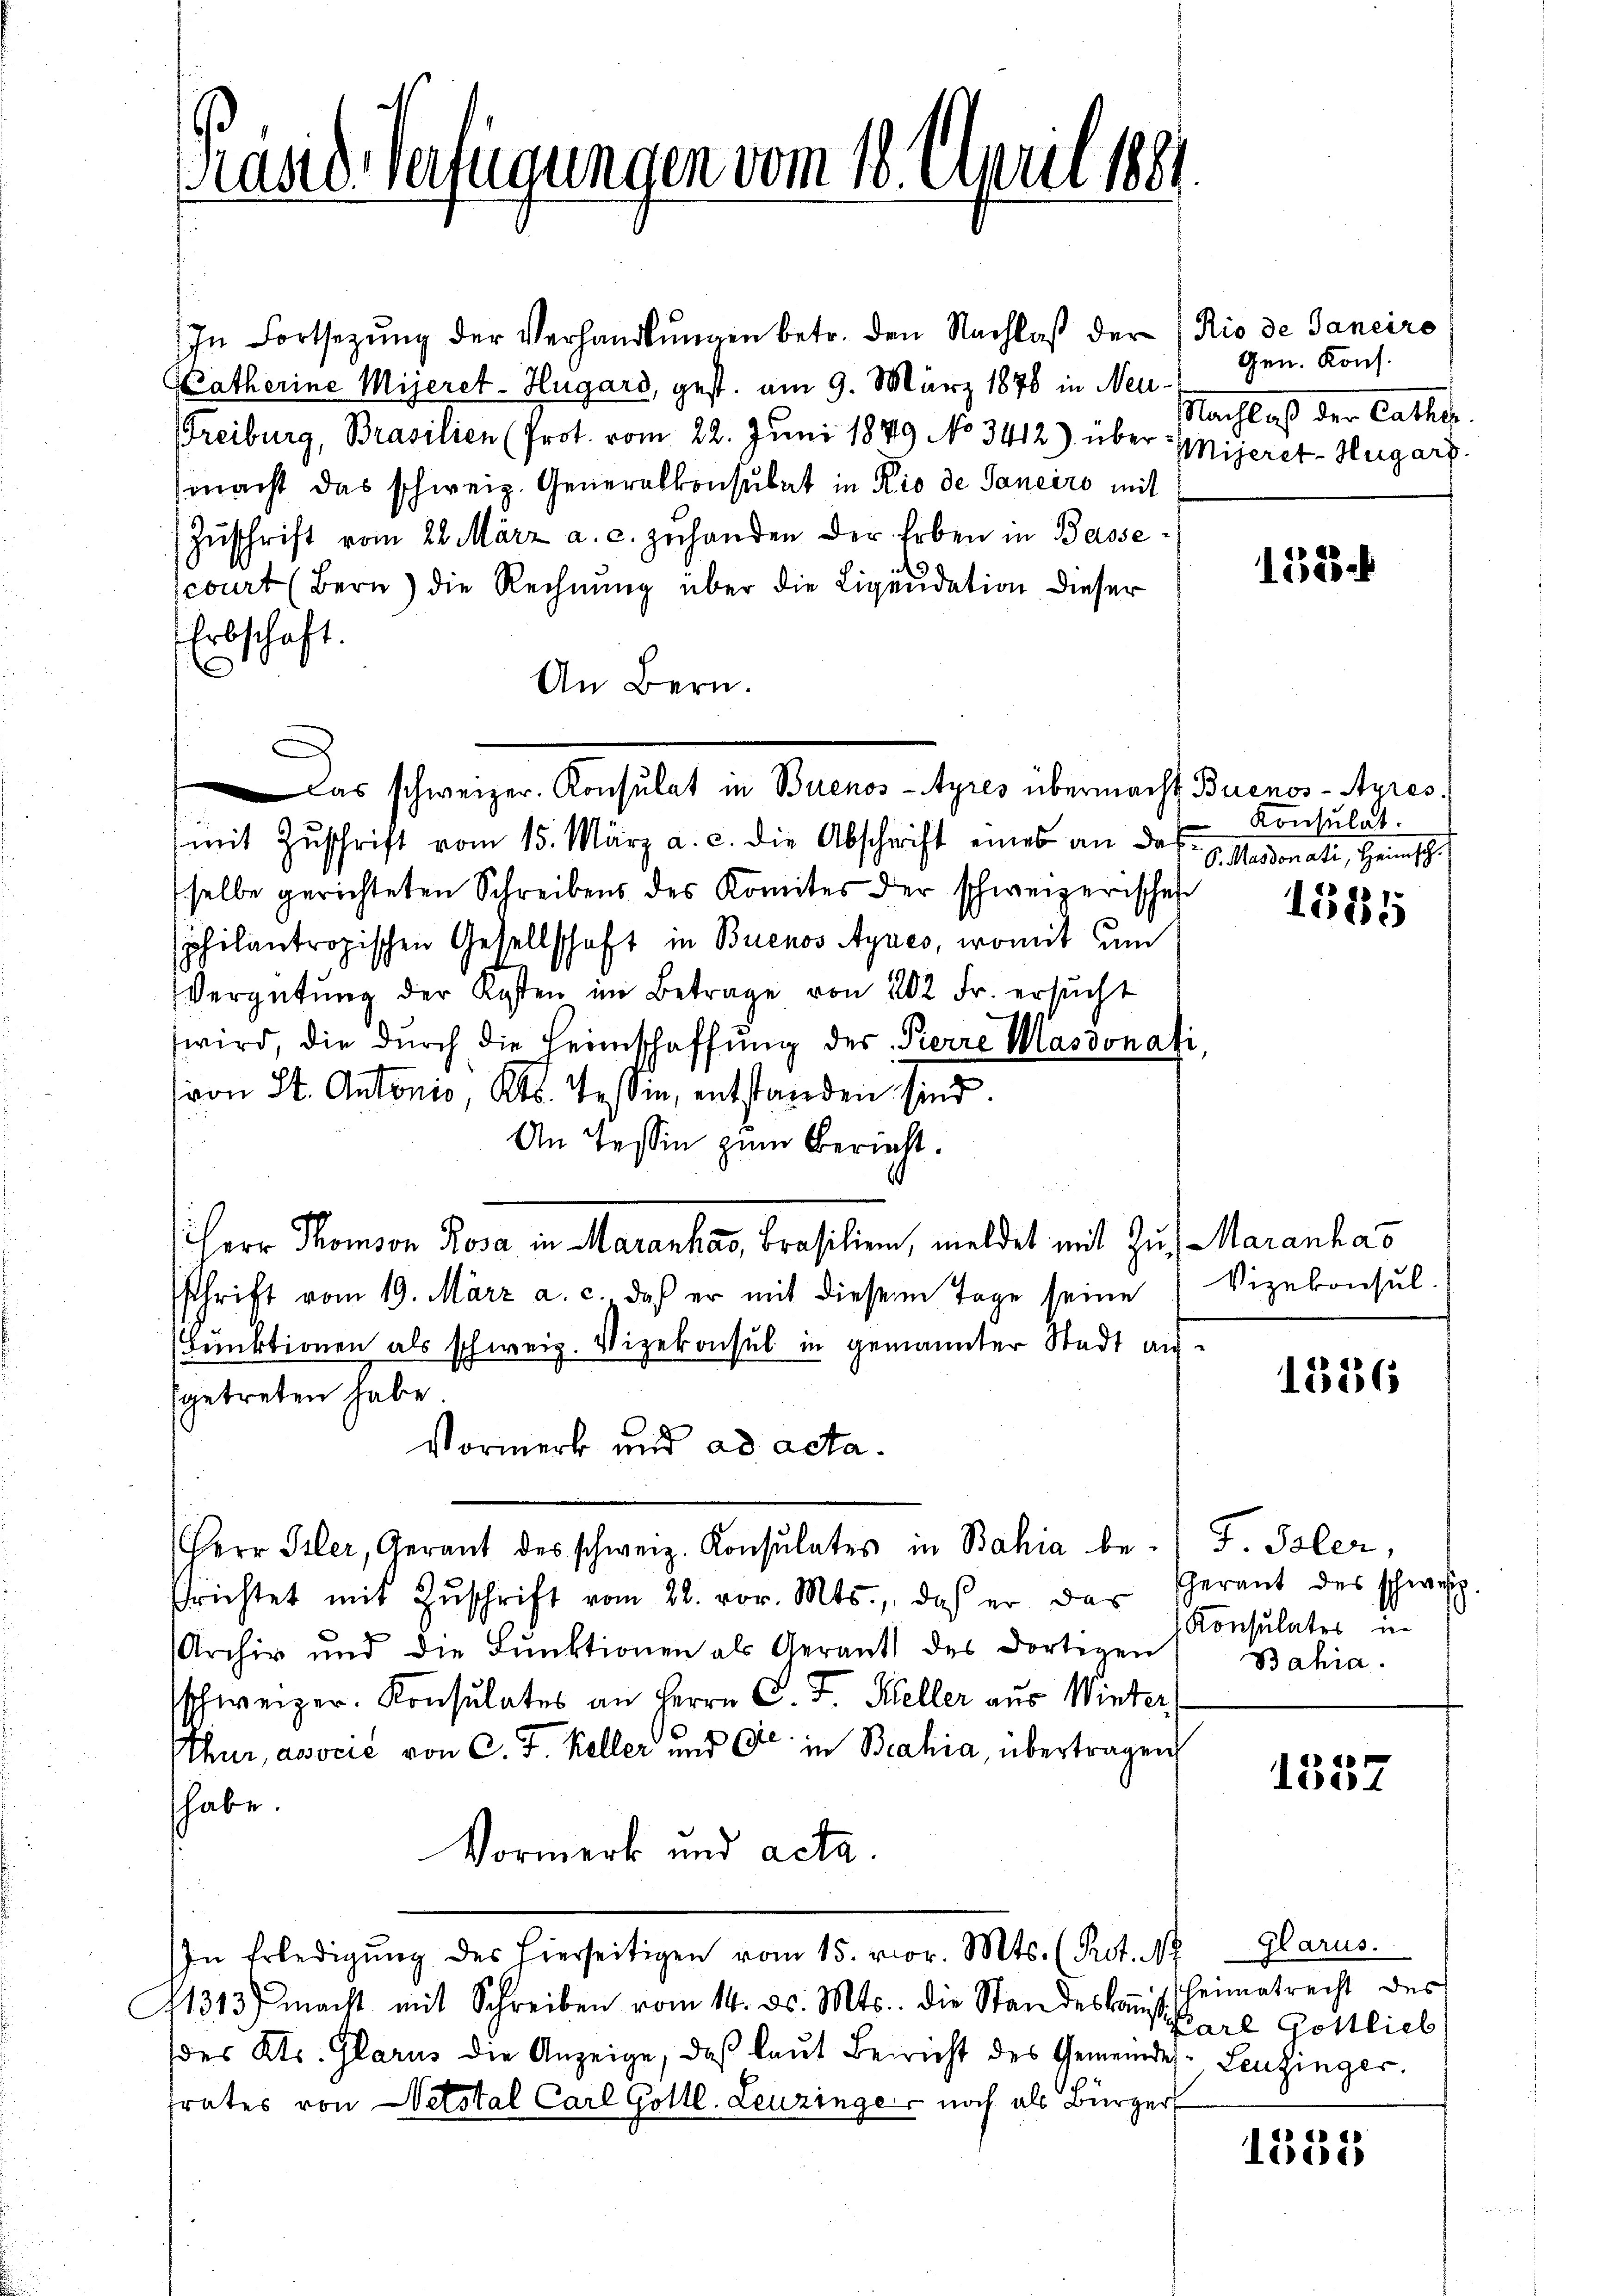
Präsid. Verfügungen vom 18. April 188

In Fortsetzŭng der Verhandlŭngen betr. den Nachlaß der Rio de Janeiro
Katherine Mijeret-Hugard, gest. am 9. März 1878 in Neu¬
Freiburg, Brasilien (Prot. vom 22. Juni 1849 No 3412) über Mijeret-Hugart
macht das schweiz. Generalkonsulat in Rio de Janeiro mit
Zŭschrift vom 22. März a. c. zuhanden der Erben in Bassecourt (Bern) die Rechnung über die Liquidation dieser
Erbschaft.
An Bern.
mit Zuschrift vom 15. März a. c. die Abschrift eines an das
selbe gerichteten Schreibens des Komites der schweizerischei
sphilantropischen Gesellschaft in Buenos Ayres, womit um
Vergütŭng der Kosten im Betrage von 202 Fr. ersucht
wird, die durch die Heimschaffŭng des Pierre Masdonati
von St. Antonis Kts. Tessin, entstanden sind.
An Tessin zum Bericht.
iherr Thomson Rosa in Maranhas, Brasilien, meldet mit Zu Maranhas
sschrift vom 19. März a. c. daß er mit diesem Tage seine
Funktionen als schweiz. Vizekonsul in gemannter Stadt angetreten habe
Vormerk und ad acta¬
Herr Isler, Gerant des schweiz. Konsulates in Bahia befrichtet mit Zŭschrift vom 22. vor. Mts., daß er das
Archiv und die Funktionen als Gerants des dortigen
hweizer-Konsulates an Herrn C. J. Keller aus Winter
thur, avocić von C. J. Keller und Fr. in Bahia, übertragen
habe.
Vormerk und acta.
In Erledigŭng des hierseitigen vom 15. vor. Mts. (Prot. N
1313) macht mit Schreiben vom 14. ds. Mts. die Standeskaŭf Heimatrecht des
(des Kts. Glarus die Anzeige, daß laut Bericht des Gemeindes-Leuzinger.
frates von Westal Carl Gottl. Leuzinger noch als Bürger

as schweizer. Konsulat in Buenos-Ayres übermacht Buenos-Ayres.

Gen. Kons.
Nachlaß der Cathes.

1323.

Konsulat.
S. Mariati, Hampschi

1585

Vizekonsul

1336

J. Isler,
Perant des schweiz.
Konsulates in
Bahia.

40
Birl

Glarus.
Karl Gottlieb

1535